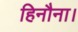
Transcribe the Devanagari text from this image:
हिनौना।